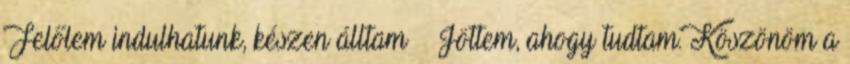
Felőlem indulhatunk, készen álltam Jöttem, ahogy tudtam. Köszönöm a